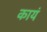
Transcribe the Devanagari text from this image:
कायं